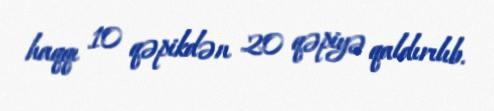
haqqı 10 qəpikdən 20 qəpiyə qaldırılıb.